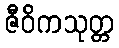
ဇီဝိကသုတ္တ